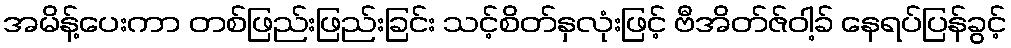
အမိန့်ပေးကာ တစ်ဖြည်းဖြည်းခြင်း သင့်စိတ်နှလုံးဖြင့် ဗီအိတ်ဇ်ဝါ့ခ် နေရပ်ပြန်ခွင့်